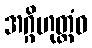
အဂ္ဂိဟုတ္တံဝ